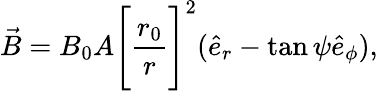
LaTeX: \vec{B}=B_{0}A\Bigg[\frac{r_{0}}{r}\Bigg]^{2}(\hat{e}_{r}-\tan\psi\hat{e}_{\phi}),